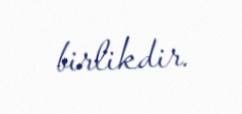
birlikdir.